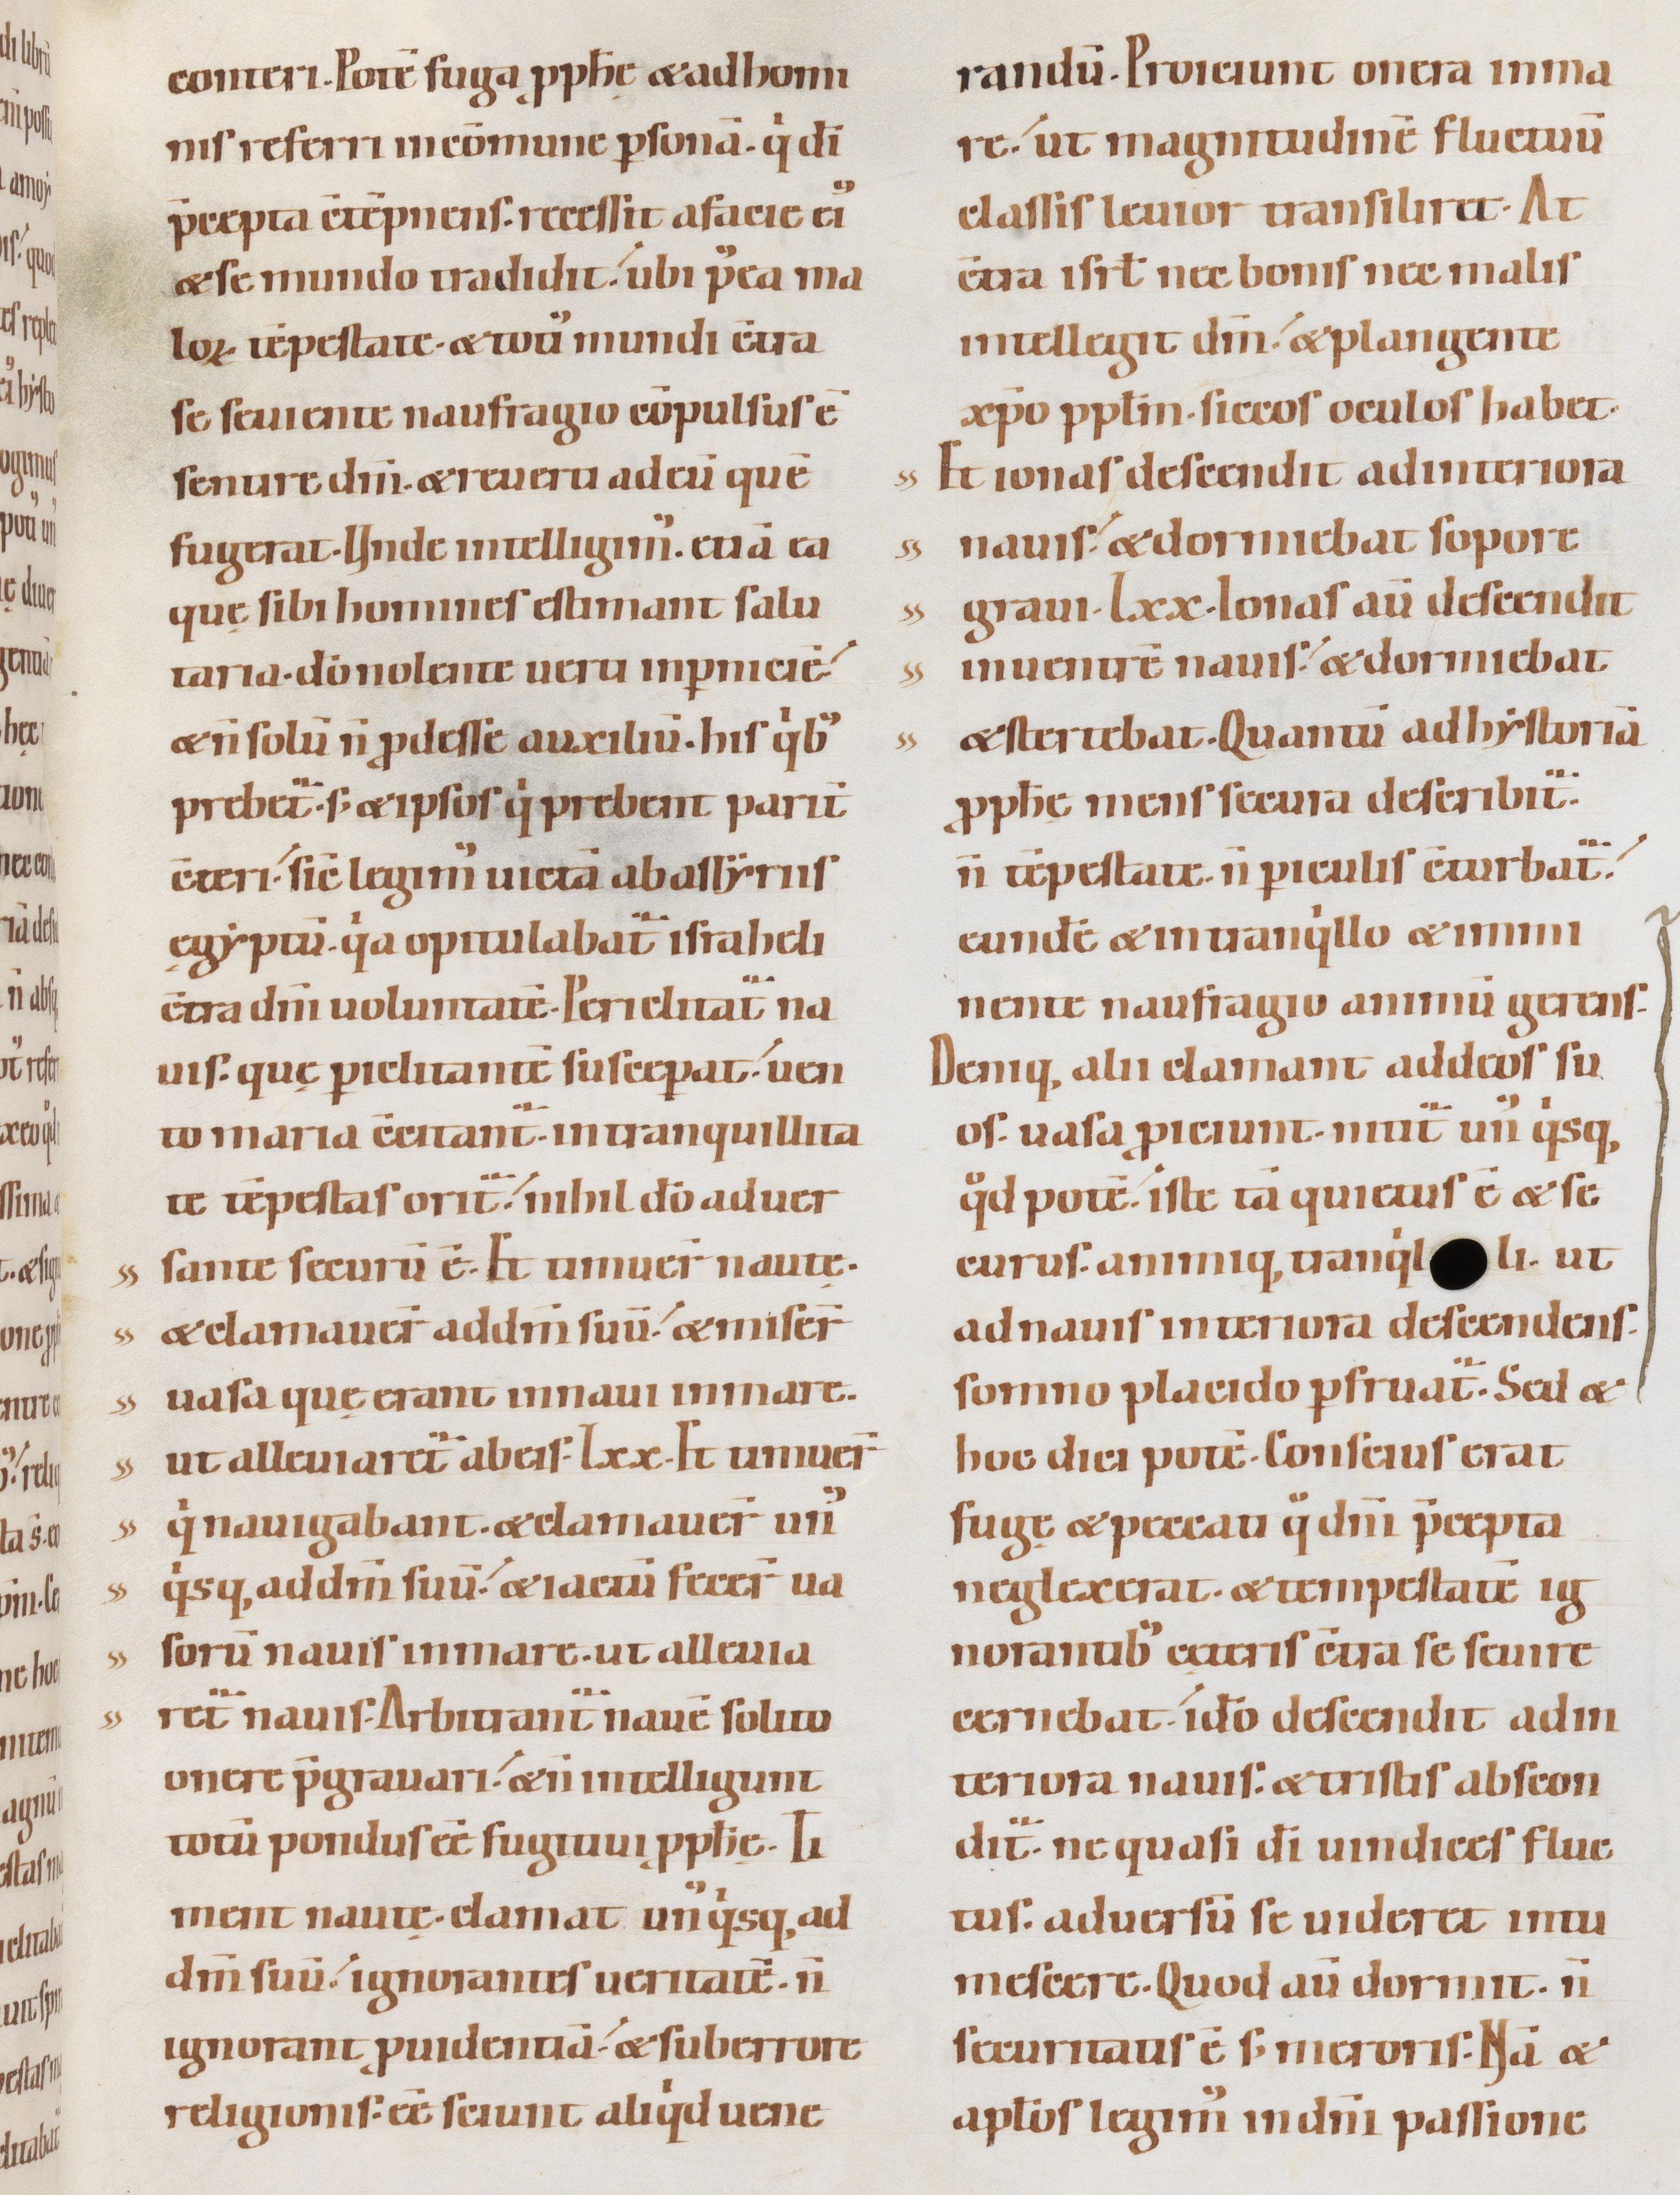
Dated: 1100–1130